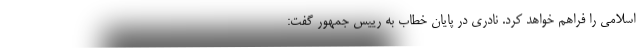
اسلامی را فراهم خواهد کرد. نادری در پایان خطاب به رییس جمهور گفت: